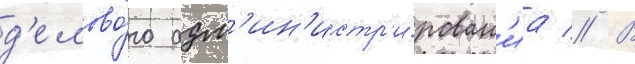
д'елово́го адм'ин'истр'и́рован'иа // В